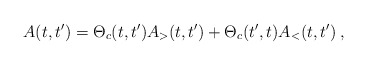
\begin{align*}A(t,t') = \Theta_{c}(t,t') A_{>}(t,t') + \Theta_{c}(t',t) A_{<}(t,t') \>,\end{align*}